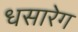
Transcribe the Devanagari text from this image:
धसारेग